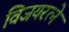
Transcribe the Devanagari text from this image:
विजयरत्ने